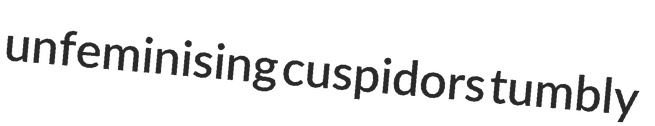
unfeminising cuspidors tumbly